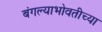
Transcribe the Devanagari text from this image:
बंगल्याभोवतीच्या